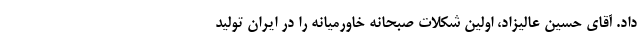
داد. آقای حسین عالیزاد، اولین شکلات صبحانه خاورمیانه را در ایران تولید